Indian journal of veterinary science and animal husbandry - Volume 13,
Year: 1943
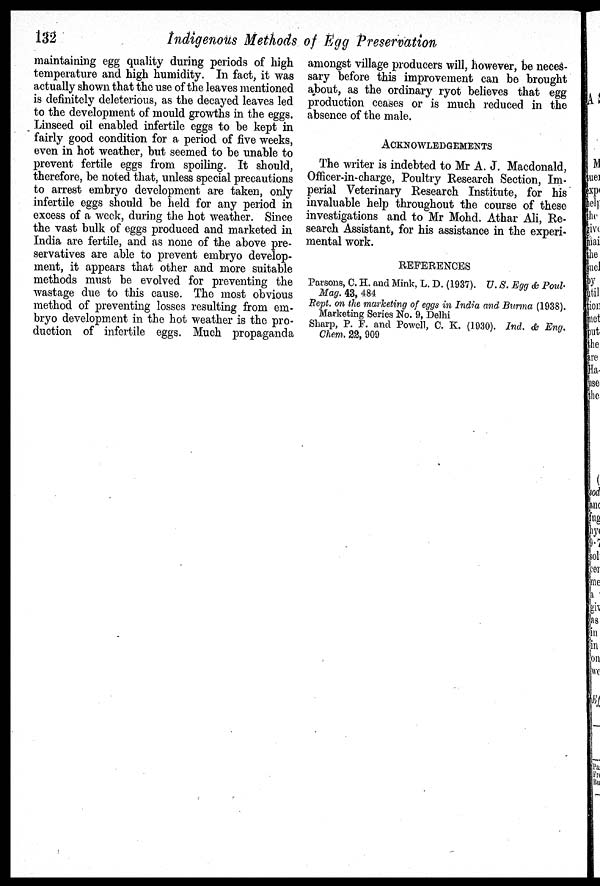
132
Indigenous Methods of Egg Preservation
maintaining egg quality during periods of high
temperature and high humidity. In fact, it was
actually shown that the use of the leaves mentioned
is definitely deleterious, as the decayed leaves led
to the development of mould growths in the eggs.
Linseed oil enabled infertile eggs to be kept in
fairly good condition for a period of five weeks,
even in hot weather, but seemed to be unable to
prevent fertile eggs from spoiling. It should,
therefore, be noted that, unless special precautions
to arrest embryo development are taken, only
infertile eggs should be held for any period in
excess of a week, during the hot weather. Since
the vast bulk of eggs produced and marketed in
India are fertile, and as none of the above pre-
servatives are able to prevent embryo develop-
ment, it appears that other and more suitable
methods must be evolved for preventing the
wastage due to this cause. The most obvious
method of preventing losses resulting from em-
bryo development in the hot weather is the pro-
duction of infertile eggs. Much propaganda
amongst village producers will, however, be neces-
sary before this improvement can be brought
about, as the ordinary ryot believes that egg
production ceases or is much reduced in the
absence of the male.
ACKNOWLEDGEMENTS
The writer is indebted to Mr A. J. Macdonald,
Officer-in-charge, Poultry Research Section, Im-
perial Veterinary Research Institute, for his
invaluable help throughout the course of these
investigations and to Mr Mohd. Athar Ali, Re-
search Assistant, for his assistance in the experi-
mental work.
REFERENCES
Parsons, C. H. and Mink, L. D. (1937). U. S. Egg & Poul.
Mag. 43, 484
Rept. on the marketing of eggs in India and Burma (1938).
Marketing Series No. 9, Delhi
Sharp, P. F. and Powell, C. K. (1930). Ind. & Eng.
Chem. 22, 909